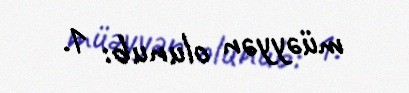
müəyyən olunub: 1.